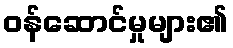
ဝန်ဆောင်မှုများ၏